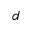
d